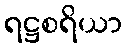
ရဋ္ဌစရိယာ